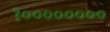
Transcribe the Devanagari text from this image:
१००००००००